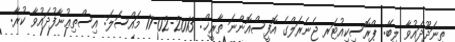
ތިނަދޫދައުވާ ލިބޭ: ޕްރޮސިކިއުޓަރ ޖެނެރަލްގެ އޮފީސްއޮންނަ ތާރީޚް: 2013-02-17 މައްސަލަ: އިސްތިޢުނާފުދައުވާ ކުރާ: